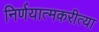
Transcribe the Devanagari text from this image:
निर्णयात्मकरीत्या